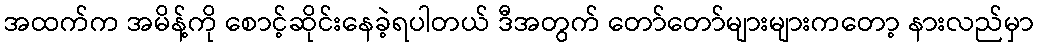
အထက်က အမိန့်ကို စောင့်ဆိုင်းနေခဲ့ရပါတယ် ဒီအတွက် တော်တော်များများကတော့ နားလည်မှာ